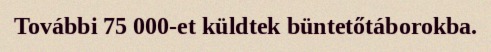
További 75 000-et küldtek büntetőtáborokba.